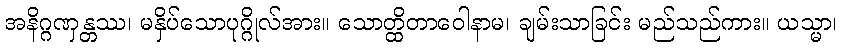
အနိဂ္ဂဏှန္တဿ၊ မနှိပ်သောပုဂ္ဂိုလ်အား။ သောတ္ထိတာဝေါနာမ၊ ချမ်းသာခြင်း မည်သည်ကား။ ယသ္မာ၊